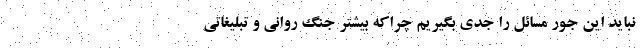
نباید این جور مسائل را جدی بگیریم چراکه بیشتر جنگ روانی و تبلیغاتی